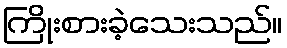
ကြိုးစားခဲ့သေးသည်။